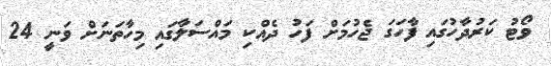
ވޯޓު ކަރުދާހުގައި ފާހަގަ ޖެހުމަށް ފަހު ދެއްކި މައްސަލާގައި މިހާތަނަށް ވަނީ 24